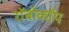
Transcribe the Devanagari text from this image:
राॅबोकाॅप